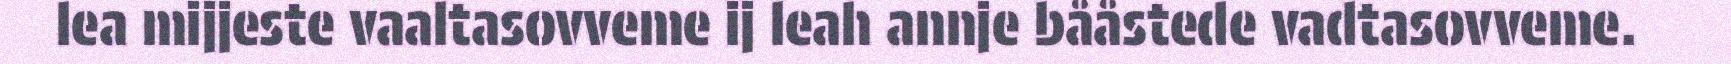
lea mijjeste vaaltasovveme ij leah annje bååstede vadtasovveme.